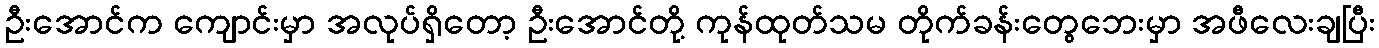
ဦးအောင်က ကျောင်းမှာ အလုပ်ရှိတော့ ဦးအောင်တို့ ကုန်ထုတ်သမ တိုက်ခန်းတွေဘေးမှာ အဖီလေးချပြီး